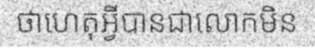
ថាហេតុអ្វីបានជាលោកមិន